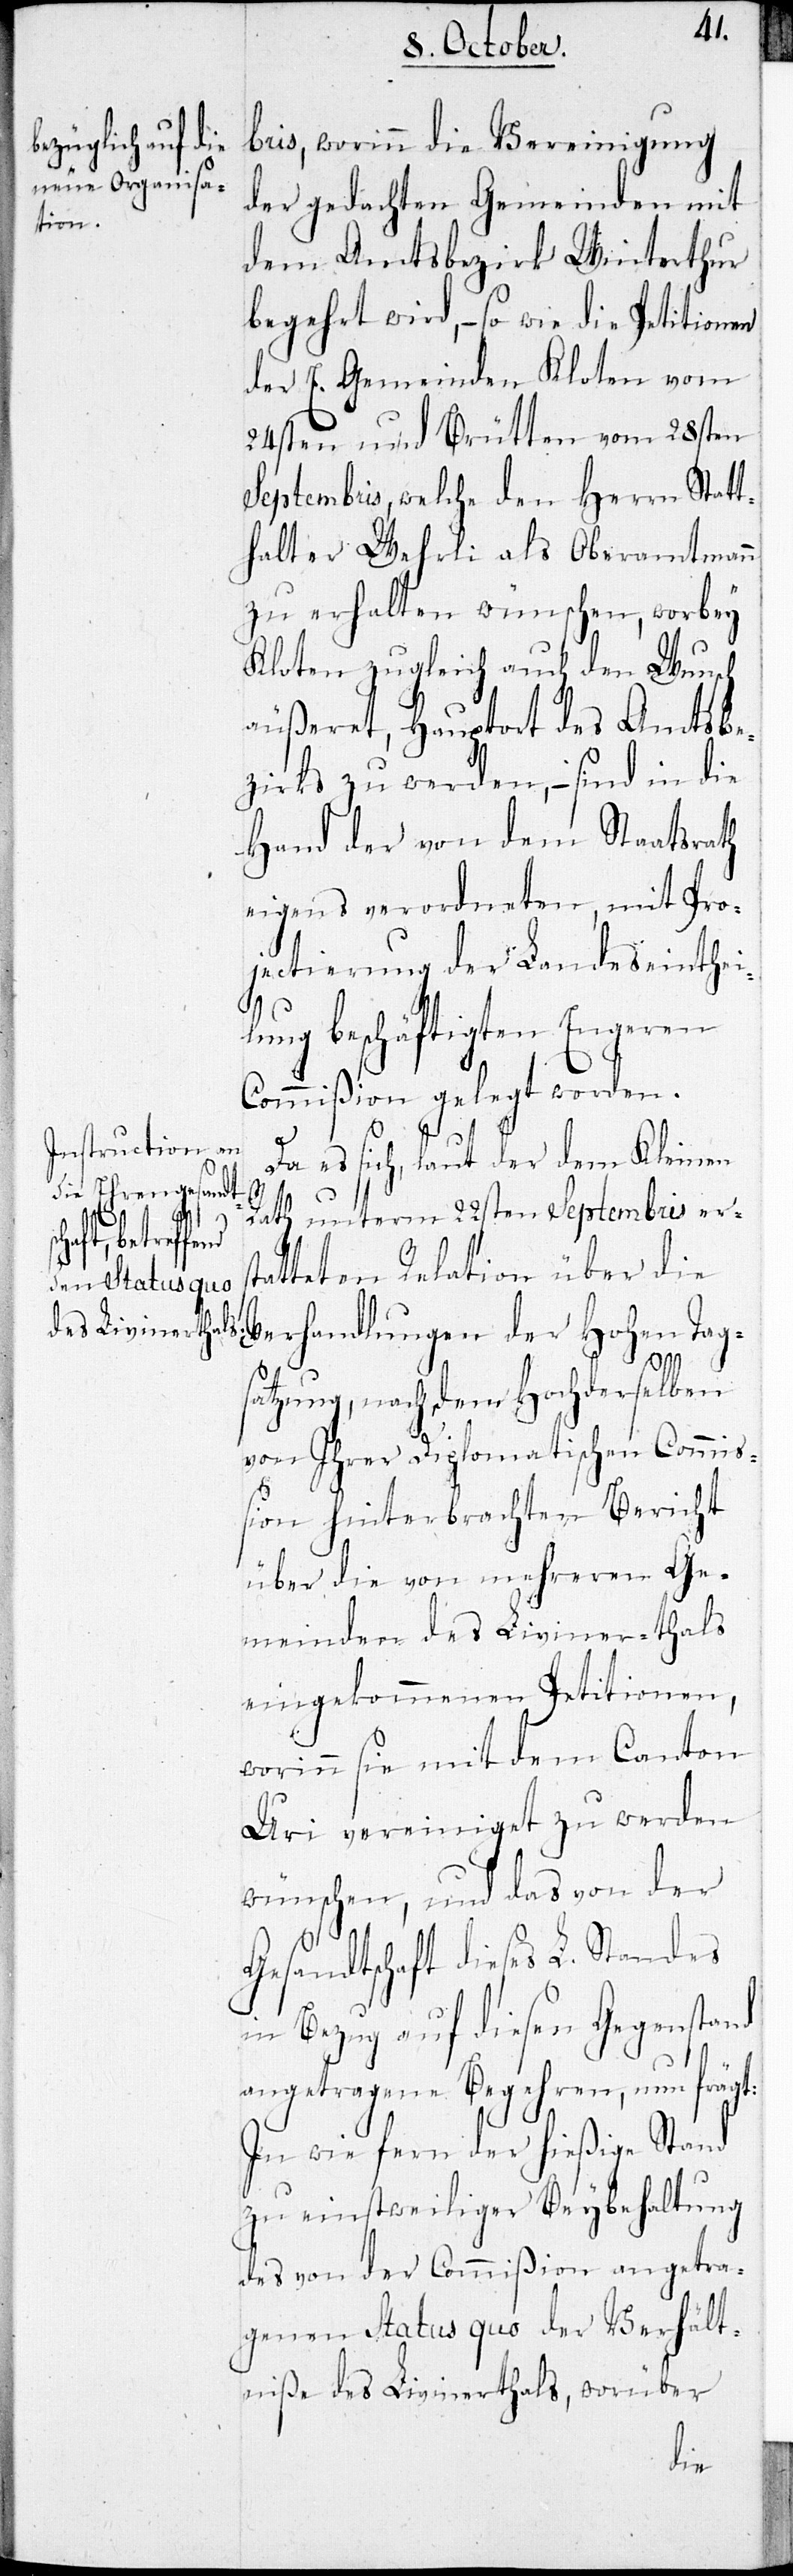
bris, worinn die Vereinigung
der gedachten Gemeinden mit
dem Amtsbezirk Winterthur
begehrt wird, – so wie die Petitionen
der E. Gemeinden Kloten vom
24sten und Brütten vom 28sten
Septembris, welche den Herrn Statt¬
halter Wehrli als Oberamtmann
zu erhalten wünschen, worbey
Kloten zugleich auch den Wunsch
äußeret, Hauptort des Amtsbe¬
zirks zu werden, - sind in die
Hand der von dem Staatsrath
eigens verordneten, mit Pro¬
jectierung und Landeseinthei¬
ung beschäftigten Engeren
Commißion gelegt worden.
Da es sich, laut der dem Kleinen
Rath unterm 22sten Septembris ers¬
Hohen Tag¬
tatteten Relation über die
l¬
satzung, nach dem Hochderselben
von Ihrer Diplomatischen Commi¬
ßion hinterbrachten Bericht
über die von mehreren Ge¬
meinden des Liviner-thals
eingekommenen Petitionen,
worinn sie mit dem Canton
Uri vereiniget zu werden
wünschen, und das von der
Gesandtschaft dieses L. Standes
in Bezug auf diesen Gegenstand
angetragene Begehren, nun frägt:
In wie fern der hießige Stand
zu einstweiliger Beybehaltung
des von der Commißion angetra¬
genen Status quo der Verhält¬
niße des Livinerthals, worüber